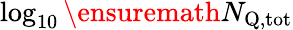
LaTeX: \log_{10}\ensuremath{N_{\mathrm{Q,tot}}}